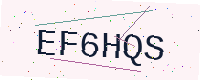
Text: EF6HQS